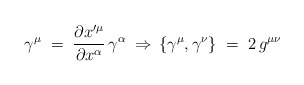
\begin{align*} \gamma^\mu \;=\; \frac{\partial x'^\mu}{\partial x^\alpha}\, \gamma^\alpha\;\Rightarrow\, \{ \gamma^\mu , \gamma^\nu \} \;=\; 2 \,g^{\mu\nu}\end{align*}